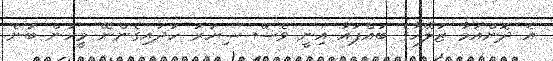
އެ ދޮންއަމާ ޒުލޭޚާގެ ބައްޕައާ އިނީ ވެސް ސިހުރު ހަދައިގެންނޭ މީހުން ބުނެ